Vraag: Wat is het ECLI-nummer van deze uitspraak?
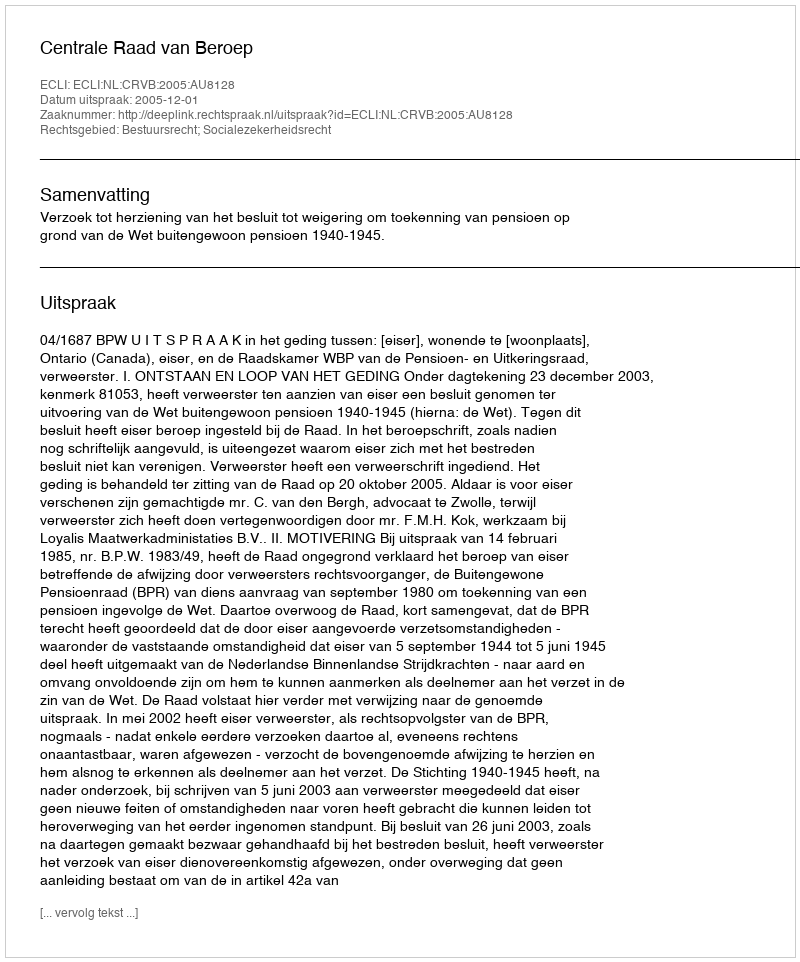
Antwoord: ECLI:NL:CRVB:2005:AU8128